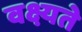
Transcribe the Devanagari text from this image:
वक्ष्यते